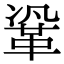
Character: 𮧗